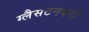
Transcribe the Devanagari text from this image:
ग्लैसटनबरी